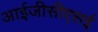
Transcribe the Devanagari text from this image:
आईजीसीएसई